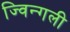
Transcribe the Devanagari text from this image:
ज्विन्गली